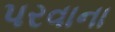
પરવાના